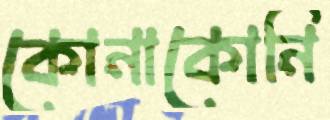
কোনাকোনি